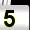
Digit: 5